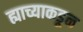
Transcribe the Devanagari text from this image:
ह्याच्याकडून